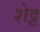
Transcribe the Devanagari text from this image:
शेट्ट